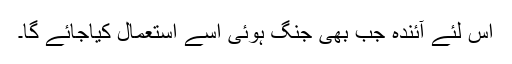
اس لئے آئندہ جب بھی جنگ ہوئی اسے استعمال کیاجائے گا۔